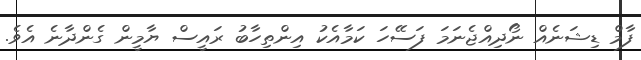
ފާމް ޑިޝަނެއް ނޯދިއްޖެނަމަ ފަސޭހަ ކަމާއެކު އިންތިހާބު ރައީސް ޔާމީން ގެންދާނެ އެވެ.